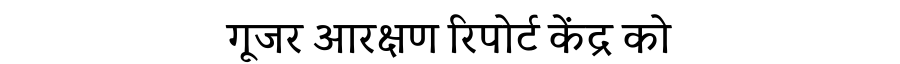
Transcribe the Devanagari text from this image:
गूजर आरक्षण रिपोर्ट केंद्र को